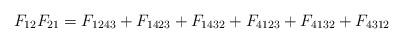
LaTeX: \begin{align*}F_{12}F_{21}=F_{1243}+F_{1423}+F_{1432}+F_{4123}+F_{4132}+F_{4312}\end{align*}